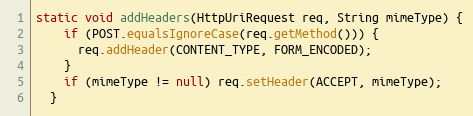
Language: Java
static void addHeaders(HttpUriRequest req, String mimeType) {
    if (POST.equalsIgnoreCase(req.getMethod())) {
      req.addHeader(CONTENT_TYPE, FORM_ENCODED);
    }
    if (mimeType != null) req.setHeader(ACCEPT, mimeType);
  }